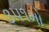
૩૫૧મો